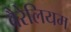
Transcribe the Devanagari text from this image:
बैरेलियम